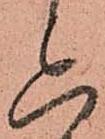
六